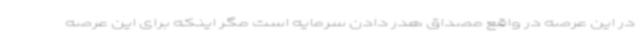
در این عرصه در واقع مصداق هدر دادن سرمایه است مگر اینکه برای این عرصه